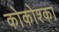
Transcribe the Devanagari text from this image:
कोकोश्का